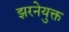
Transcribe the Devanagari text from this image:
झरनेयुक्त